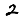
Digit: 2